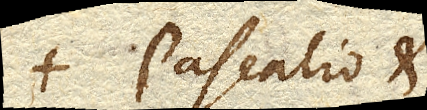
Pascalio et